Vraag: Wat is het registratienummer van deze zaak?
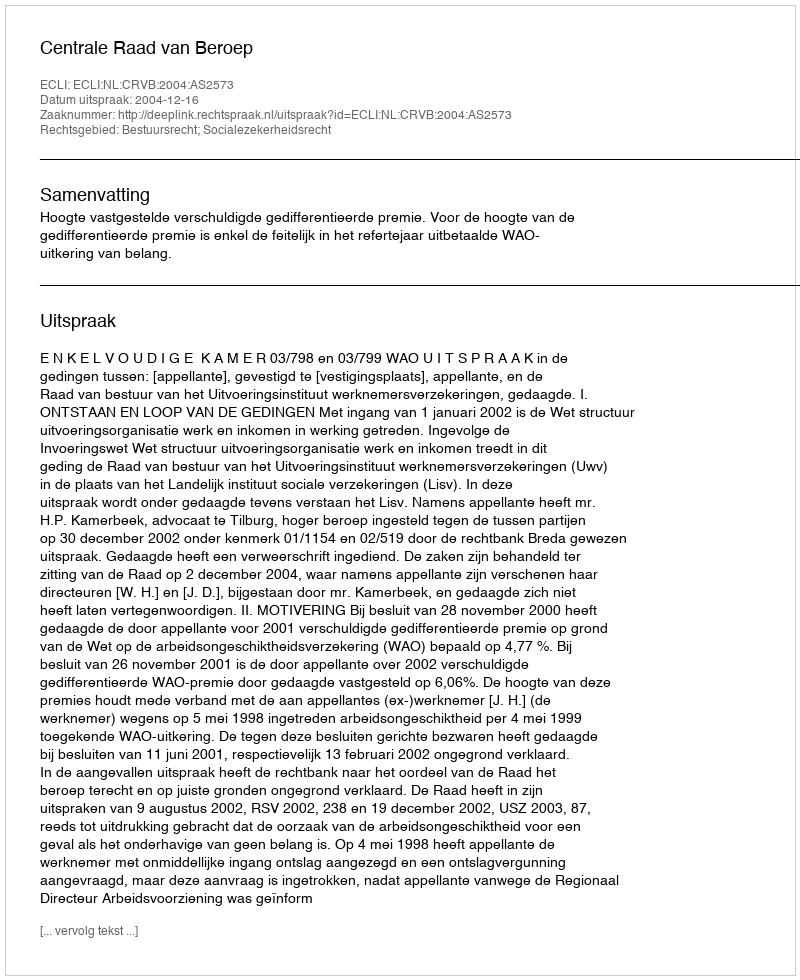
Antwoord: http://deeplink.rechtspraak.nl/uitspraak?id=ECLI:NL:CRVB:2004:AS2573